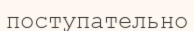
поступательно